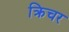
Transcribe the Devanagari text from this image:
क्रिचर